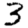
Digit: 3